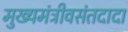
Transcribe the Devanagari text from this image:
मुख्यमंत्रीवसंतदादा